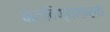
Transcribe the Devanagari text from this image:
चालविण्याकरता